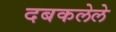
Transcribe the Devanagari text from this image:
दबकलेले